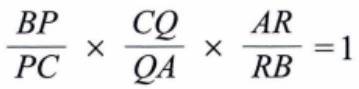
$\frac{BP}{PC} \times \frac{CQ}{QA} \times \frac{AR}{RB} =1$